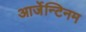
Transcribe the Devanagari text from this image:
आर्जेन्टिनम